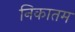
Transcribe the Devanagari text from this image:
निकातम